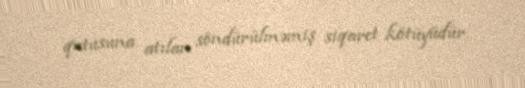
qutusuna atılan söndürülməmiş siqaret kötüyüdür.